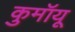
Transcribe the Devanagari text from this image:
कुमॉयू